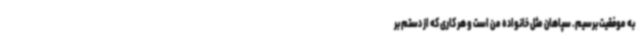
به موفقیت برسیم. سپاهان مثل خانواده من است و هر کاری که از دستم بر